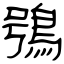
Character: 鴞